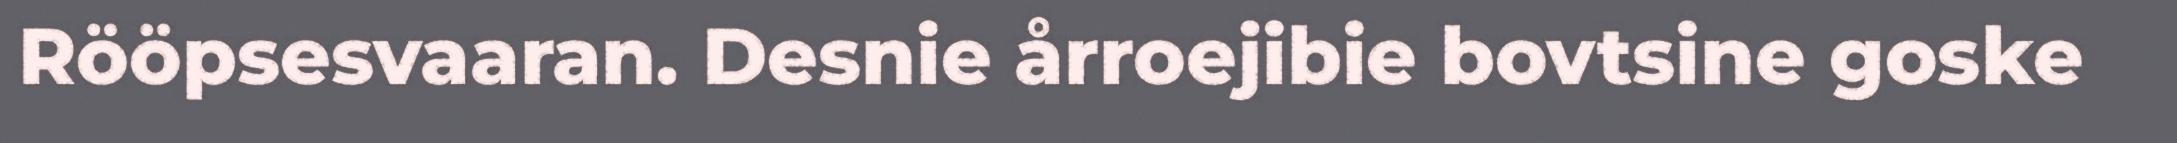
Rööpsesvaaran. Desnie årroejibie bovtsine goske